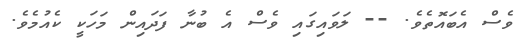
ވެސް އެބައޮތެވެ. -- ލަވައިގައި ވެސް އެ ބުނާ ފަދައިން މަހަކީ ކެއުމެވެ.